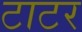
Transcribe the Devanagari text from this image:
टाटर